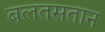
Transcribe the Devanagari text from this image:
बलतसतान